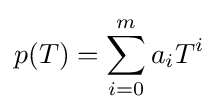
p(T)=\sum _{i=0}^{m}a_{i}T^{i}